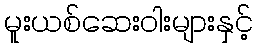
မူးယစ်ဆေးဝါးများနှင့်